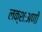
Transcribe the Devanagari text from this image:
लक्शःअणों